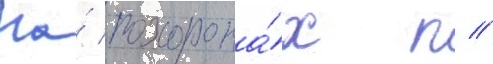
На́ похорона́х п //